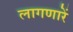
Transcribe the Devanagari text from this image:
लागणारें